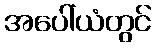
အပေါ်ယံတွင်